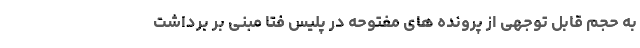
به حجم قابل توجهی از پرونده های مفتوحه در پلیس فتا مبنی بر برداشت